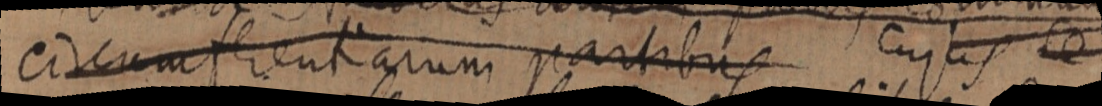
circumferentiarum partibus cujus se